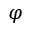
\varphi